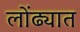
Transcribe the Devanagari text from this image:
लोंढ्यात